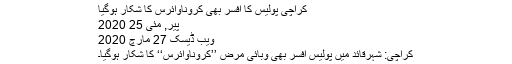
کراچی پولیس کا افسر بھی کروناوائرس کا شکار ہوگیا
پیر, مئی 25 2020
ویب ڈیسک 27 مارچ 2020
کراچی: شہرقائد میں پولیس افسر بھی وبائی مرض ’’کروناوائرس‘‘ کا شکار ہوگیا۔